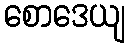
စောဒေယျ